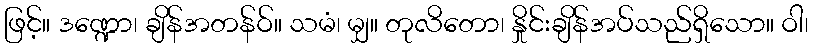
ဖြင့်။ ဒဏ္ဍော၊ ချိန်အတန်ဝ်။ သမံ၊ မျှ။ တုလိတော၊ နှိုင်းချိန်အပ်သည်ရှိသော။ ဝါ၊